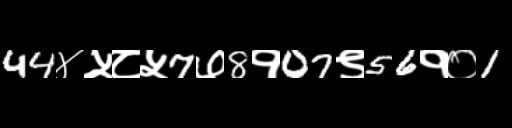
Text: 44४५८५7७8१07९56१०1